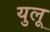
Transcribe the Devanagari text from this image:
युलू